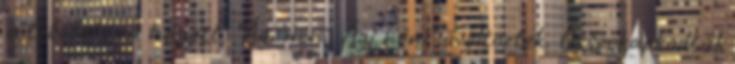
a tetőfokára hágott, "Ági néni, Ági néni" üvöltöztek. Összekapkodták